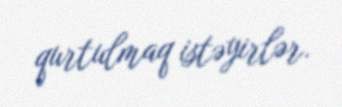
qurtulmaq istəyirlər.